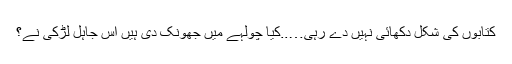
کتابوں کی شکل دکھائی نہیں دے رہی…..کیا چولہے میں جھونک دی ہیں اس جاہل لڑکی نے؟